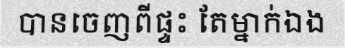
បានចេញពីផ្ទះ តែម្នាក់ឯង